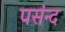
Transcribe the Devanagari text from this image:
पसंन्द